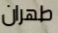
طهران